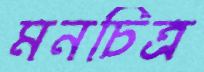
মনচিত্র